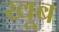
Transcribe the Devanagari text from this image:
खूब